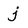
Character: j